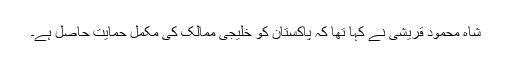
شاہ محمود قریشی نے کہا تھا کہ پاکستان کو خلیجی ممالک کی مکمل حمایت حاصل ہے۔